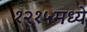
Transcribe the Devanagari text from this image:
१२१५मध्ये